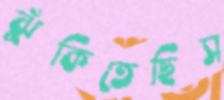
ঝুঁকিতেছিস